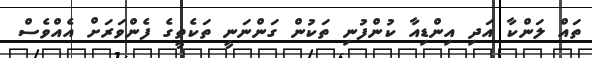
ތައް ލަންކާ އަދި އިންޑިއާ ކުންފުނި ތަކުން ގަންނަނީ ތަކެތީގެ ފެންވަރަށް އެއްވެސް